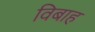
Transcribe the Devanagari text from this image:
विबाह